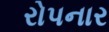
રોપનાર